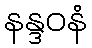
နန္ဒဝနံ